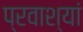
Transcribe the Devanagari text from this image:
प्रवाश्यां